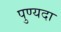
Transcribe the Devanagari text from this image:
पुण्यदा